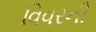
વિવરની